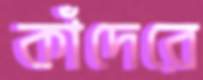
কাঁদেরে